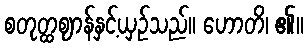
စတုတ္ထဈာန်နှင့်ယှဉ်သည်။ ဟောတိ၊ ၏။